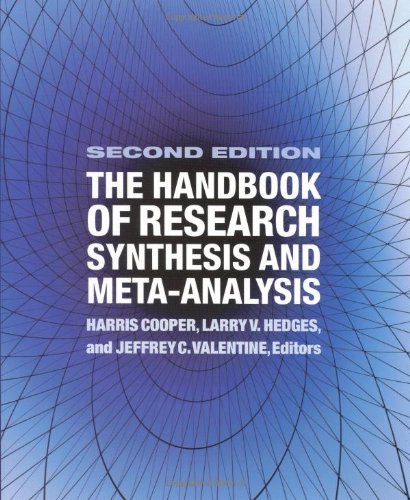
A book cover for Handbook of Research Synthesis and Meta-Analysis, The; Medical Books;